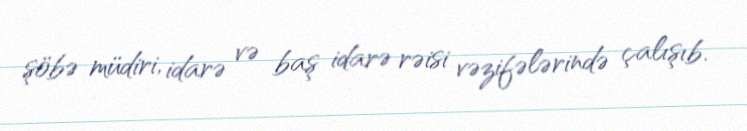
şöbə müdiri, idarə və baş idarə rəisi vəzifələrində çalışıb.